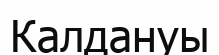
Калдануы